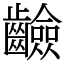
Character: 䶨